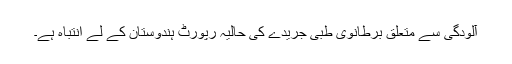
آلودگی سے متعلق برطانوی طبی جریدے کی حالیہ رپورٹ ہندوستان کے لے انتباہ ہے۔